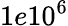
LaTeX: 1e10^{6}